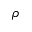
\rho